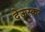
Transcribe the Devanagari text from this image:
देऊस्कर